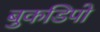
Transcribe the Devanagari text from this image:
बुकडिपो